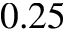
0 . 2 5